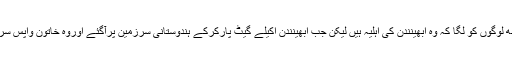
شروعات میں کچھ لوگوں کو لگا کہ وہ ابھینندن کی اہلیہ ہیں لیکن جب ابھینندن اکیلے گیٹ پارکرکے ہندوستانی سرزمین پرآگئے اوروہ خاتون واپس سرحد پار چلی گئیں۔